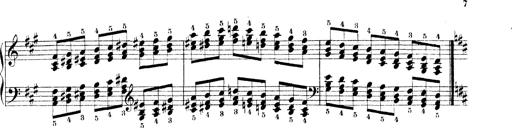
Title: Technische Studien
Composer: Franz Liszt